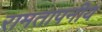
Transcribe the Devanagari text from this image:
रामतापनीय